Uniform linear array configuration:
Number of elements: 48
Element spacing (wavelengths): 0.25
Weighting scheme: blackman
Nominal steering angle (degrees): -45
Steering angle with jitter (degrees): -45.363
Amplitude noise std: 0.05
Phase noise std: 0.05

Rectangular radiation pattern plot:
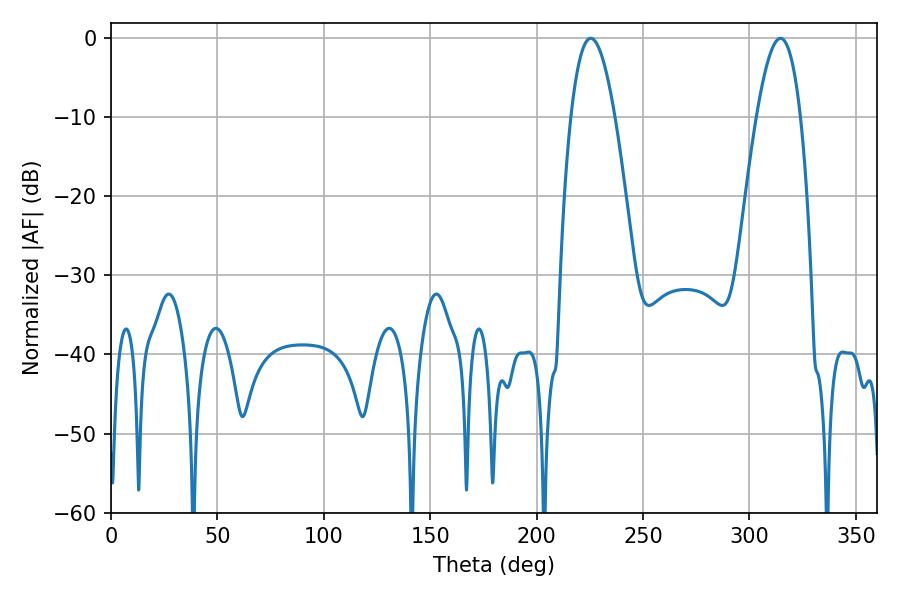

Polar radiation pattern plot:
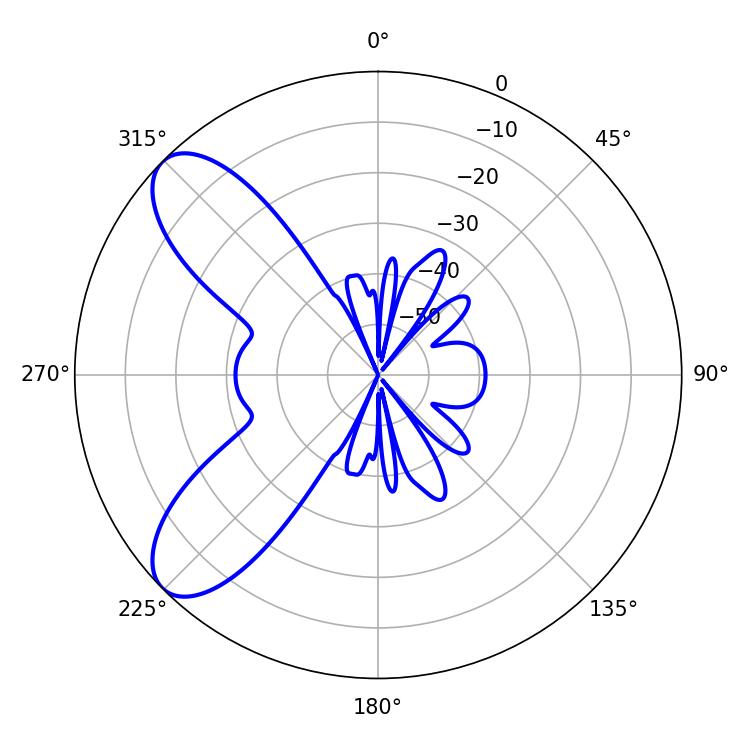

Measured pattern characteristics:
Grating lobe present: FALSE
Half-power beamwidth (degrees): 11.16
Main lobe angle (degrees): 225.36